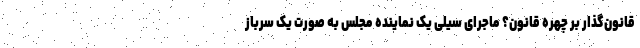
قانون‌گذار بر چهره قانون؟ ماجرای سیلی یک نماینده مجلس به صورت یک سرباز